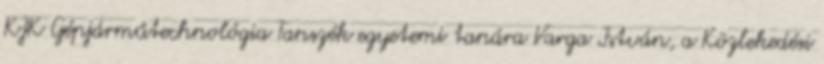
KJK Gépjárműtechnológia Tanszék egyetemi tanára Varga István, a Közlekedési